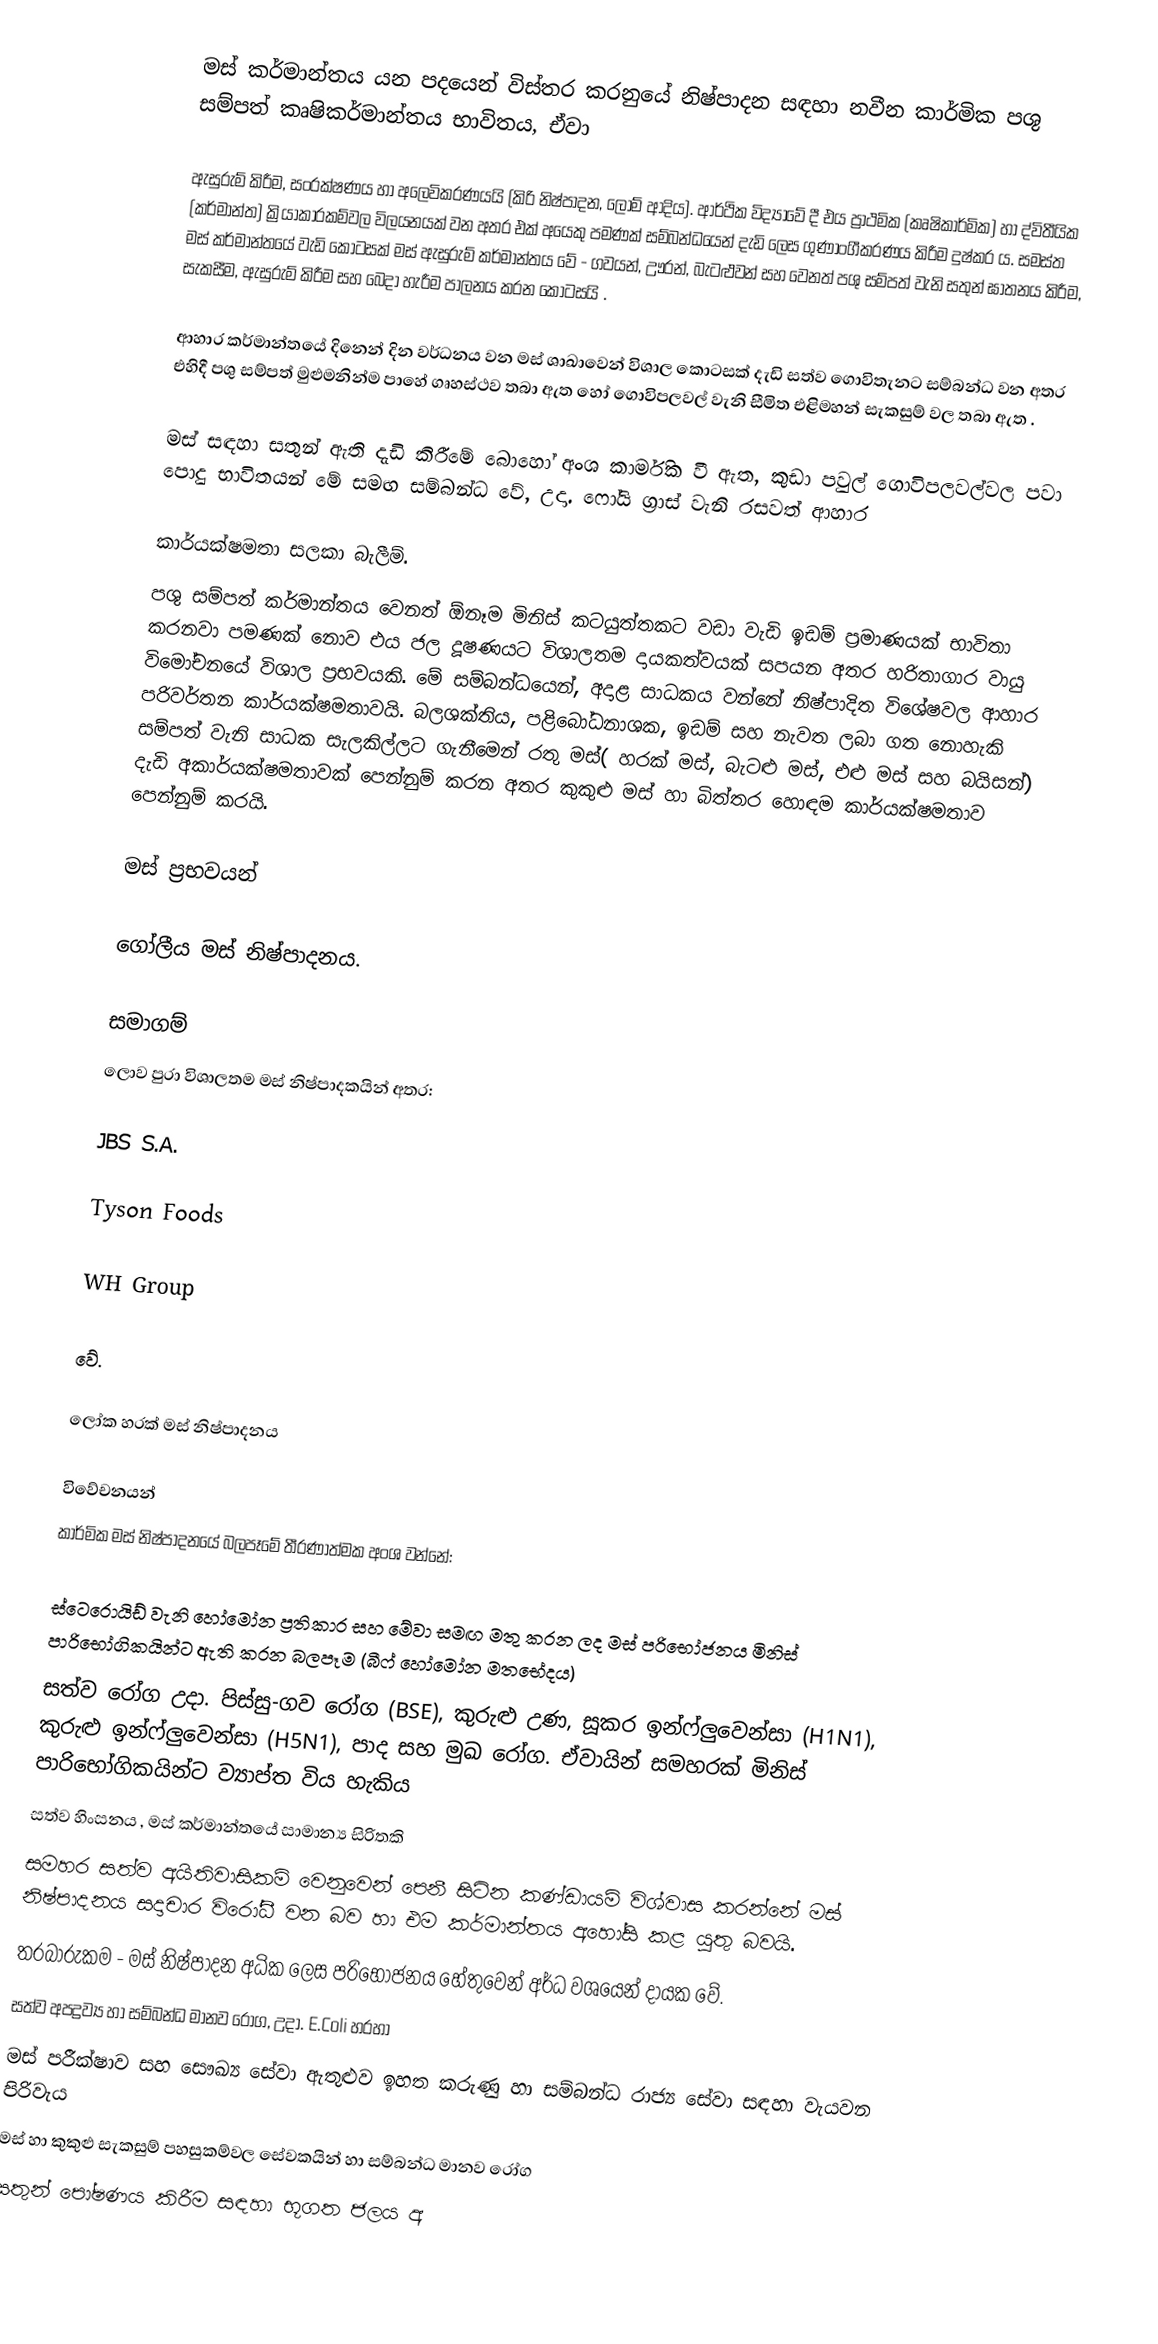
මස් කර්මාන්තය යන පදයෙන් විස්තර කරනුයේ  නිෂ්පාදන සඳහා නවීන කාර්මික පශු සම්පත් කෘෂිකර්මාන්තය භාවිතය, ඒවා

ඇසුරුම් කිරීම, සංරක්ෂණය හා  අලෙවිකරණයයි (කිරි නිෂ්පාදන, ලොම් ආදිය). ආර්ථික විද්‍යාවේ දී එය ප්‍රාථමික (කෘෂිකාර්මික) හා ද්විතීයික (කර්මාන්ත) ක්‍රියාකාරකම්වල විලයනයක් වන අතර එක් අයෙකු පමණක් සම්බන්ධයෙන් දැඩි ලෙස ගුණාංගීකරණය කිරීම දුෂ්කර ය. සමස්ත මස් කර්මාන්තයේ වැඩි කොටසක් මස් ඇසුරුම් කර්මාන්තය වේ  - ගවයන්, ඌරන්, බැටළුවන් සහ වෙනත් පශු සම්පත් වැනි සතුන් ඝාතනය කිරීම, සැකසීම, ඇසුරුම් කිරීම සහ බෙදා හැරීම පාලනය කරන කොටසයි .

ආහාර කර්මාන්තයේ දිනෙන් දින වර්ධනය වන මස් ශාඛාවෙන් විශාල කොටසක් දැඩි සත්ව ගොවිතැනට සම්බන්ධ වන අතර එහිදී පශු සම්පත් මුළුමනින්ම පාහේ ගෘහස්ථව තබා ඇත හෝ ගොවිපලවල් වැනි සීමිත එළිමහන් සැකසුම් වල තබා ඇත .

මස් සඳහා සතුන් ඇති දැඩි කිරීමේ බොහෝ අංශ කාර්මික වී ඇත, කුඩා පවුල් ගොවිපලවල්වල පවා පොදු භාවිතයන් මේ  සමඟ සම්බන්ධ වේ, උදා. ෆෝයි ග්‍රාස් වැනි රසවත් ආහාර

කාර්යක්ෂමතා සලකා බැලීම්.
පශු සම්පත් කර්මාන්තය වෙනත් ඕනෑම මිනිස් කටයුත්තකට වඩා වැඩි ඉඩම් ප්‍රමාණයක් භාවිතා කරනවා පමණක් නොව එය ජල දූෂණයට විශාලතම දායකත්වයක් සපයන අතර හරිතාගාර වායු විමෝචනයේ විශාල ප්‍රභවයකි. මේ සම්බන්ධයෙන්, අදාළ සාධකය වන්නේ නිෂ්පාදිත විශේෂවල ආහාර පරිවර්තන කාර්යක්ෂමතාවයි. බලශක්තිය, පළිබෝධනාශක, ඉඩම් සහ නැවත ලබා ගත නොහැකි සම්පත් වැනි සාධක සැලකිල්ලට ගැනීමෙන් රතු මස්( හරක් මස්, බැටළු මස්, එළු මස්  සහ බයිසන්) දැඩි  අකාර්යක්ෂමතාවක් පෙන්නුම් කරන අතර කුකුළු මස් හා බිත්තර හොඳම කාර්යක්ෂමතාව පෙන්නුම් කරයි.

මස් ප්‍රභවයන්

ගෝලීය මස් නිෂ්පාදනය.

සමාගම්
ලොව පුරා විශාලතම මස් නිෂ්පාදකයින් අතර:

 JBS S.A.

 Tyson Foods

 WH Group

වේ.

ලෝක හරක් මස් නිෂ්පාදනය

විවේචනයන්
කාර්මික මස් නිෂ්පාදනයේ බලපෑමේ තීරණාත්මක අංශ වන්නේ:

 ස්ටෙරොයිඩ් වැනි හෝමෝන ප්‍රතිකාර සහ මේවා සමඟ මතු කරන ලද මස් පරිභෝජනය මිනිස් පාරිභෝගිකයින්ට ඇති කරන බලපෑම (බීෆ් හෝමෝන මතභේදය)
 සත්ව රෝග උදා. පිස්සු-ගව රෝග (BSE), කුරුළු උණ, සූකර ඉන්ෆ්ලුවෙන්සා (H1N1), කුරුළු ඉන්ෆ්ලුවෙන්සා (H5N1), පාද සහ මුඛ රෝග. ඒවායින් සමහරක් මිනිස් පාරිභෝගිකයින්ට ව්‍යාප්ත විය හැකිය
 සත්ව හිංසනය , මස් කර්මාන්තයේ සාමාන්‍ය සිරිතකි
 සමහර සත්ව අයිතිවාසිකම් වෙනුවෙන් පෙනී සිටින කණ්ඩායම් විශ්වාස කරන්නේ මස් නිෂ්පාදනය සදාචාර විරෝධී වන බව හා එම කර්මාන්තය අහෝසි කළ යුතු බවයි.
 තරබාරුකම - මස් නිෂ්පාදන අධික ලෙස පරිභෝජනය හේතුවෙන් අර්ධ වශයෙන් දායක වේ.
 සත්ව අපද්‍රව්‍ය හා සම්බන්ධ මානව රෝග, උදා. E.Coli හරහා
 මස් පරීක්ෂාව සහ සෞඛ්‍ය සේවා ඇතුළුව ඉහත කරුණු හා සම්බන්ධ රාජ්‍ය සේවා සඳහා වැයවන පිරිවැය
 මස් හා කුකුළු සැකසුම් පහසුකම්වල සේවකයින් හා සම්බන්ධ මානව රෝග
 සතුන් පෝෂණය කිරීම සඳහා භූගත ජලය අ